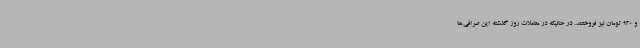
و 930 تومان نیز فروختند. در حالیکه در معاملات روز گذشته این صرافی‌ها